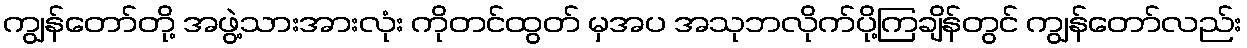
ကျွန်တော်တို့ အဖွဲ့သားအားလုံး ကိုတင်ထွတ် မှအပ အသုဘလိုက်ပို့ကြချိန်တွင် ကျွန်တော်လည်း